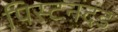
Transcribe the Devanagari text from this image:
पिस्टनदंड